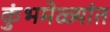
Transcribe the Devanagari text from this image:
कुंभमेळ्यांत